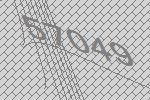
57049